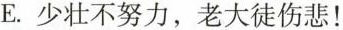
E. 少壮不努力，老大徒伤悲！